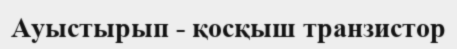
Ауыстырып - қосқыш транзистор